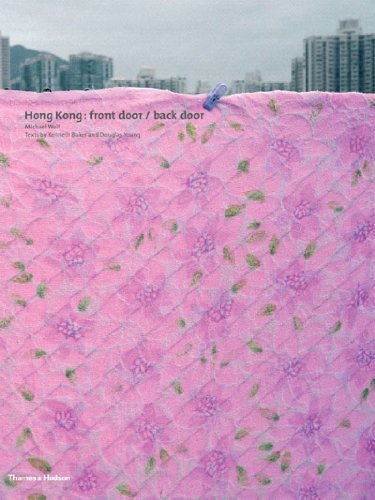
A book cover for Hong Kong: Front Door/Back Door; Michael Wolf; Travel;